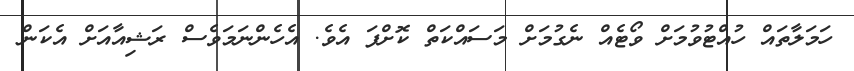
ހަމަލާތައް ހުއްޓުވުމަށް ވޯޓެއް ނެގުމަށް މަސައްކަތް ކޮށްފަ އެވެ. އެހެންނަމަވެސް ރަޝިއާއަށް އެކަން